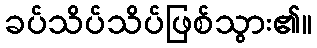
ခပ်သိပ်သိပ်ဖြစ်သွား၏။